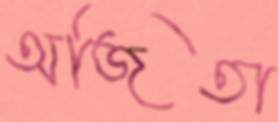
অজিতা